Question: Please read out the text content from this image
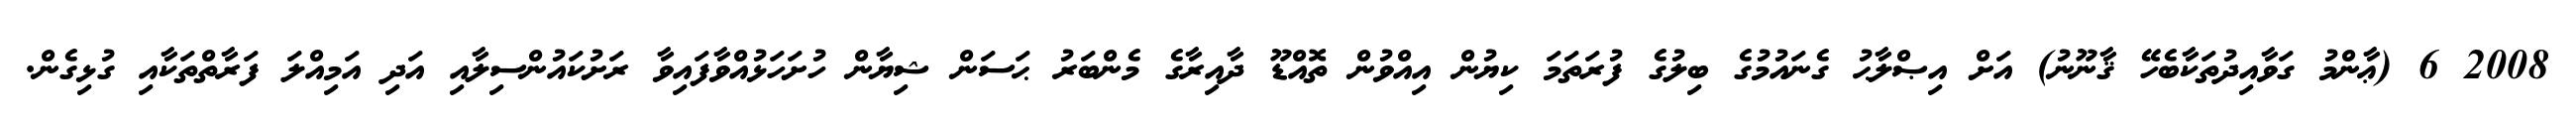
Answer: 2008 6 (ޢާންމު ގަވާއިދުތަކާބެހޭ ޤާނޫނު) އަށް އިޞްލާޙު ގެނައުމުގެ ބިލުގެ ފުރަތަމަ ކިޔުން އިއްވުން ތޮއްޑޫ ދާއިރާގެ މެންބަރު ޙަސަން ޝިޔާން ހުށަހަޅުއްވާފައިވާ ރަށުކައުންސިލާއި އަދި އަމިއްލަ ފަރާތްތަކާއި ގުޅިގެން.